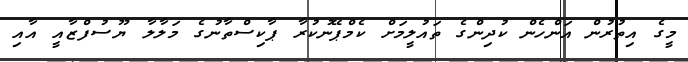
މީގެ އިތުރުން އަންހެން ކުދިންގެ ތައުލީމަށް ކެމްޕޭނުކުރާ ޕާކިސްތާނުގެ މަލާލާ ޔޫސުފްޒާއީ އާއި